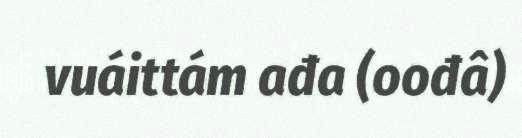
vuáittám ađa (oođâ)